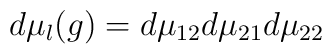
d\mu_l (g) = d\mu_{12} d\mu_{21} d\mu_{22}